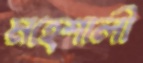
মহেশালী